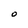
Character: O